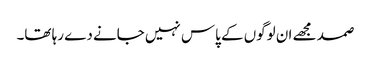
صمد مجھے ان لوگوں کے پاس نہیں جانے دے رہا تھا۔